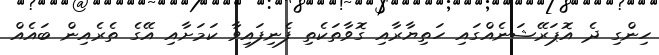
ހިންގި ދެ އޮޕަރޭޝަނެއްގައި ހަތިޔާރާއި ގޮވާތަކެތި ފެނިފައިވާ ކަމަށާއި އޭގެ ތެރެއިން ބައެއް